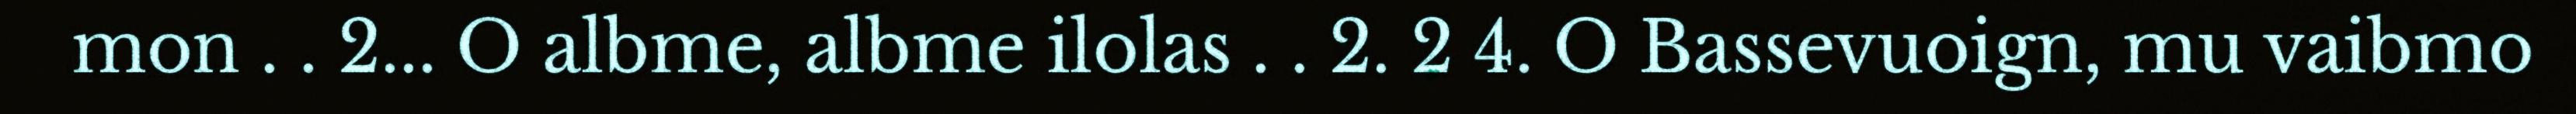
mon . . 2... O albme, albme ilolas . . 2. 2 4. O Bassevuoign, mu vaibmo